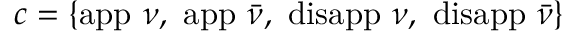
c = \{ \mathrm { a p p } ~ \nu , ~ \mathrm { a p p } ~ \bar { \nu } , ~ \mathrm { d i s a p p } ~ \nu , ~ \mathrm { d i s a p p } ~ \bar { \nu } \}